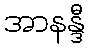
အာနန္ဒီ